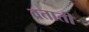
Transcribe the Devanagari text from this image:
व्रताती